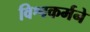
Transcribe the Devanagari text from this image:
विश्वकर्मने